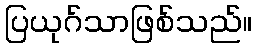
ပြယုဂ်သာဖြစ်သည်။